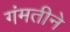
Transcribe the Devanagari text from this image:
गंमतीने